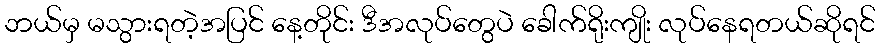
ဘယ်မှ မသွားရတဲ့အပြင် နေ့တိုင်း ဒီအလုပ်တွေပဲ ခေါက်ရိုးကျိုး လုပ်နေရတယ်ဆိုရင်